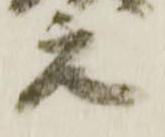
元